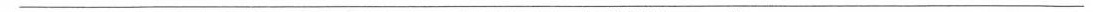
___